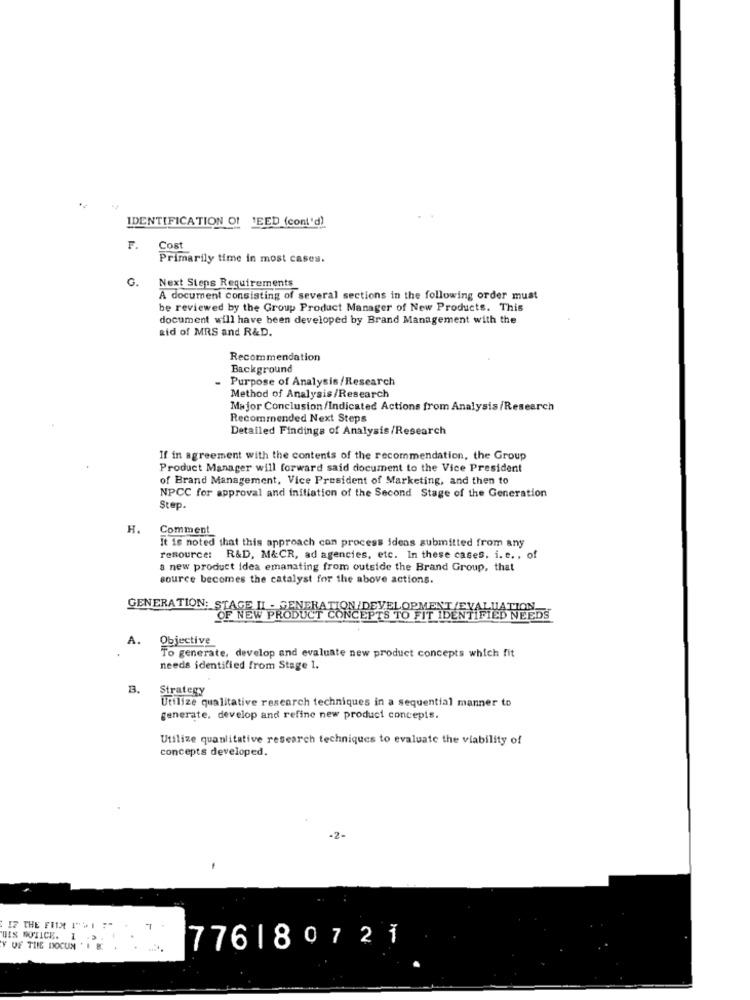
IDENTIFICATION OF
LEED (cont'd)
F.
Cost
Primarily time in most cases.
G.
Next Steps Requirements
A document consisting of several sections in the following order must
be reviewed by the Group Product Manager of New Products. This
document will have been developed by Brand Management with the
aid of MRS and R&D.
Recommendation
Background
- Purpose of Analysis/Research
Method of Analysis/Research
Major Conclusion/Indicated Actions from Analysis/Research
Recommended Next Steps
Detailed Findings of Analysis/Research
If in agreement with the contents of the recommendation, the Group
Product Manager will forward said document to the Vice President
of Brand Management, Vice President of Marketing, and then to
NPCC for approval and initiation of the Second Stage of the Generation
Step.
H.
Comment
It is noted that this approach can process ideas submitted from any
resource: R&D, M&CR, ad agencies, etc. In these cases. i. t ., of
a new product idea emanating from outside the Brand Group, that
source becomes the catalyst for the above actions.
GENERATION: STAGE II - PENDRA MION DEVELOP
IDEN
EEDS
Objective
To generate, develop and evaluate new product concepts which fit
needs identified from Stage 1.
3.
Strategy
Utilize qualitative research techniques in a sequential manner to
generate. develop and refine new product concepts.
Utilize quantitative research techniques to evaluate the viability of
concepts developed.
BIS NOTICE. 1
Y OF THE DOCUN ' I B
776180721